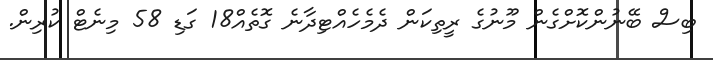
ބިސް ބޭނުންކޮށްގެން މޫނުގެ ރީތިކަން ދެމެހެއްޓިދާނެ ގޮތެއް18 ގަޑި 58 މިނެޓް ކުރިން.